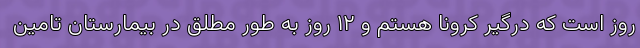
روز است که درگیر کرونا هستم و ۱۲ روز به طور مطلق در بیمارستان تامین